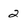
Character: 2